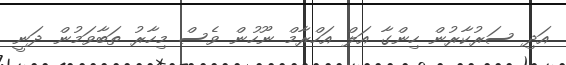
އަދި ސަރުކާރުން ހިންގާ އަލް އަހްރާމް ނޫހުން ވެސް މިހާރު ތަބާވަމުން ދަނީ